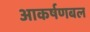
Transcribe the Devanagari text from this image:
आकर्षणबल